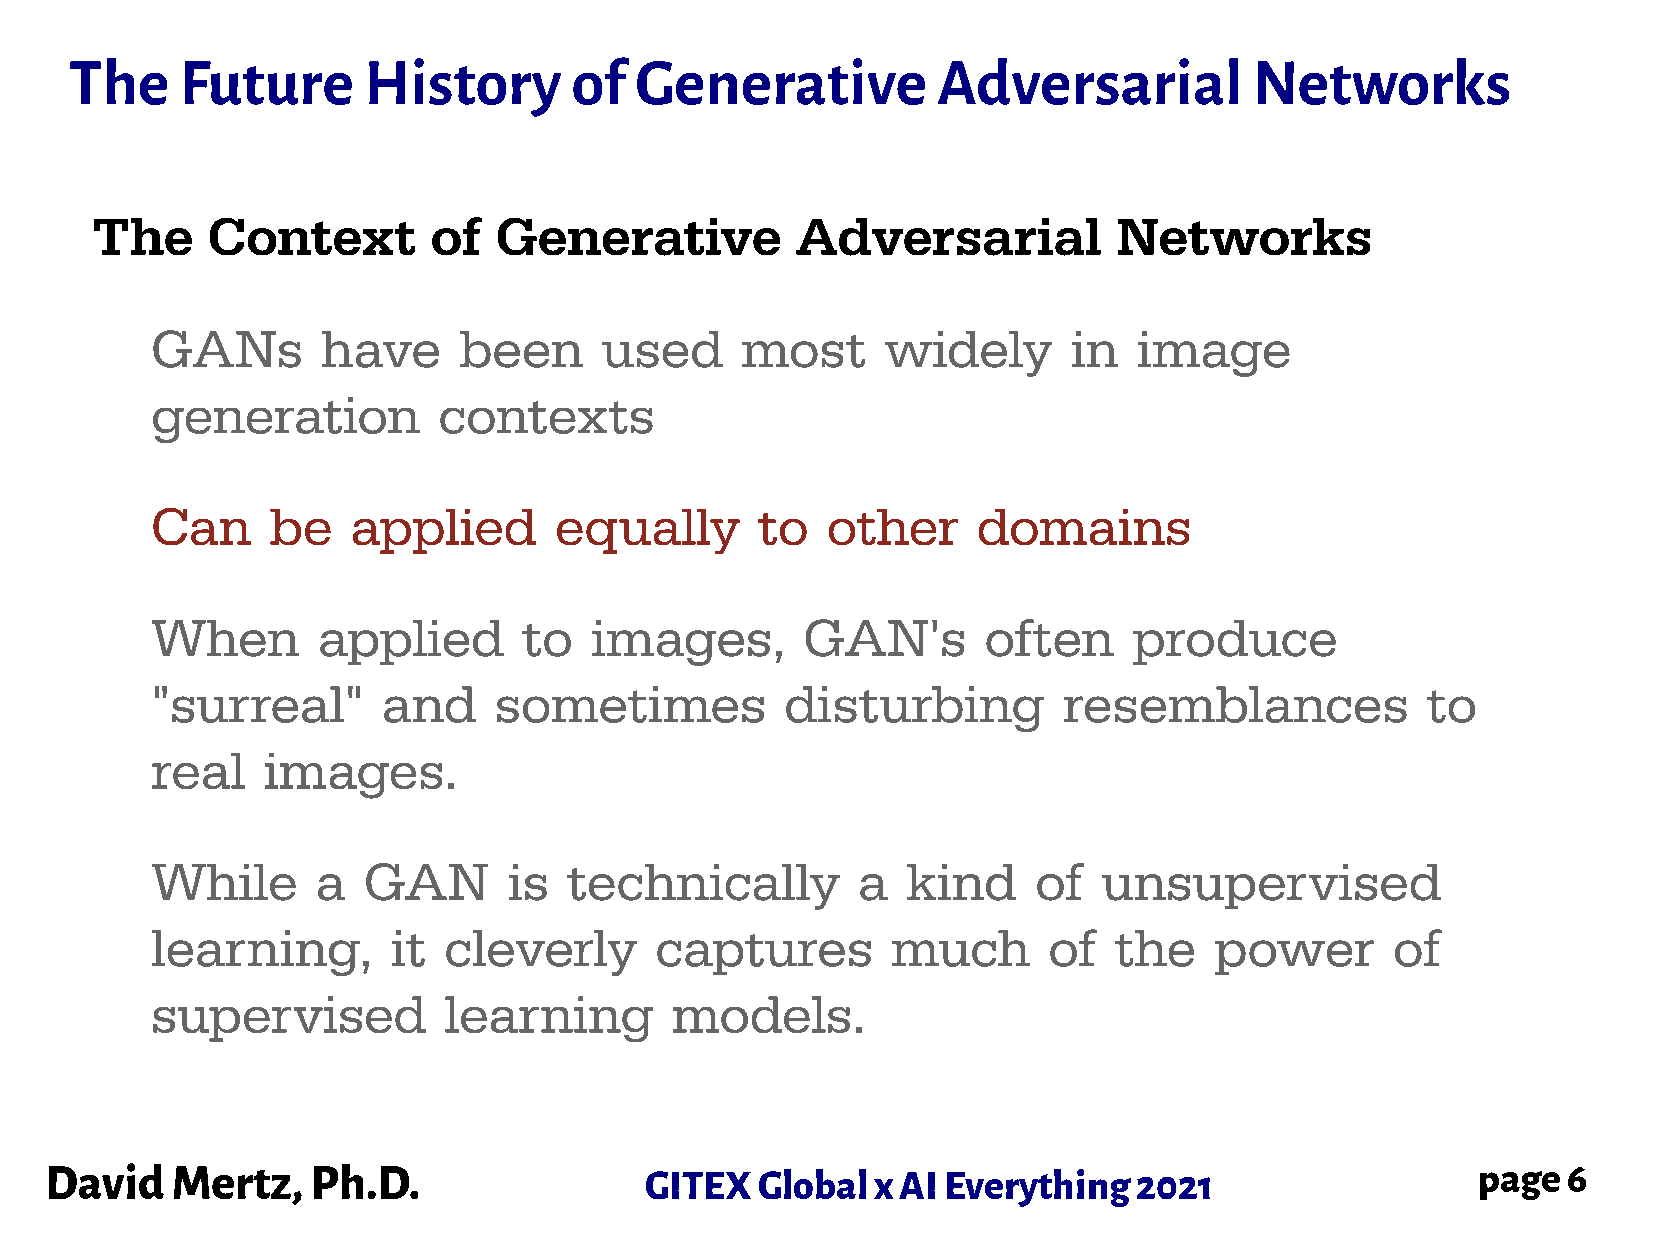
The    Future      History       of  Generative          Adversarial          Networks
 The     Context       of   Generative          Adversarial          Networks
 GANs       have     been      used     most      widely      in  image
 generation         contexts
 Can     be   applied       equally      to   other     domains
 When       applied       to  images,       GAN's       often     produce
 "surreal"      and     sometimes          disturbing        resemblances            to
 real   images.
 While      a  GAN       is  technically        a  kind     of  unsupervised
 learning,       it cleverly      captures        much      of   the   power       of
 supervised         learning       models.
 David   Mertz,    Ph.D.                 GITEX  Global  x AI Everything  2021                   page  6